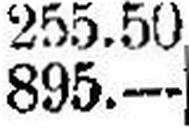
895.—